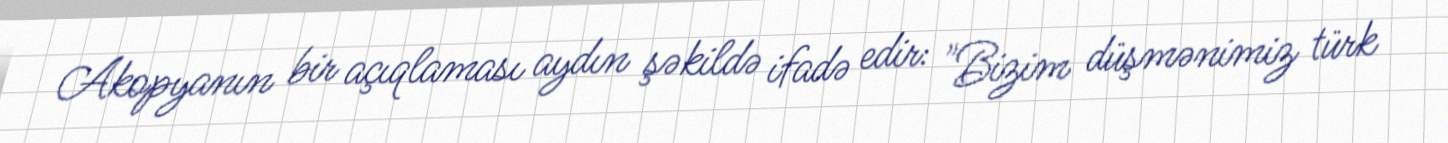
Akopyanın bir açıqlaması aydın şəkildə ifadə edir: "Bizim düşmənimiz türk